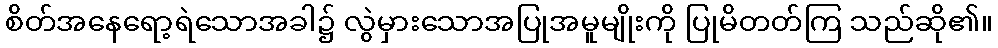
စိတ်အနေရော့ရဲသောအခါ၌ လွဲမှားသောအပြုအမူမျိုးကို ပြုမိတတ်ကြ သည်ဆို၏။